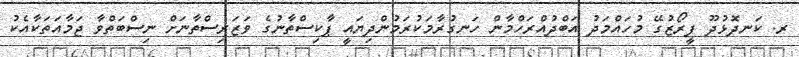
ރ. ކަނދޮޅުދޫ ފީރޯޒުގޭ މުހައްމަދު އަބްދުއްރަހްމާން ހަނގުރާމަކުރަމުންދިޔައީ ޕާކިސްތާނުގެ ވަޒަރިސްތާނަށް ނިސްބަތްވާ ޖަމާއަތަކާއެކު